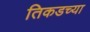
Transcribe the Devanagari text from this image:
तिकडच्या